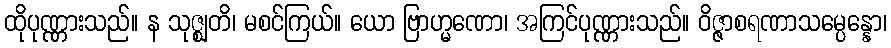
ထိုပုဏ္ဏားသည်။ န သုဇ္ဈတိ၊ မစင်ကြယ်။ ယော ဗြာဟ္မဏော၊ အကြင်ပုဏ္ဏားသည်။ ဝိဇ္ဇာစရဏာသမ္ပေန္နော၊